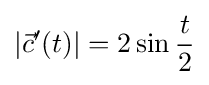
|{\vec {c}}'(t)|=2\sin {\frac {t}{2}}